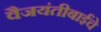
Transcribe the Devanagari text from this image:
वैजयंतीबाईंचे